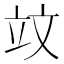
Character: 𥩛